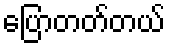
ပြောတတ်တယ်